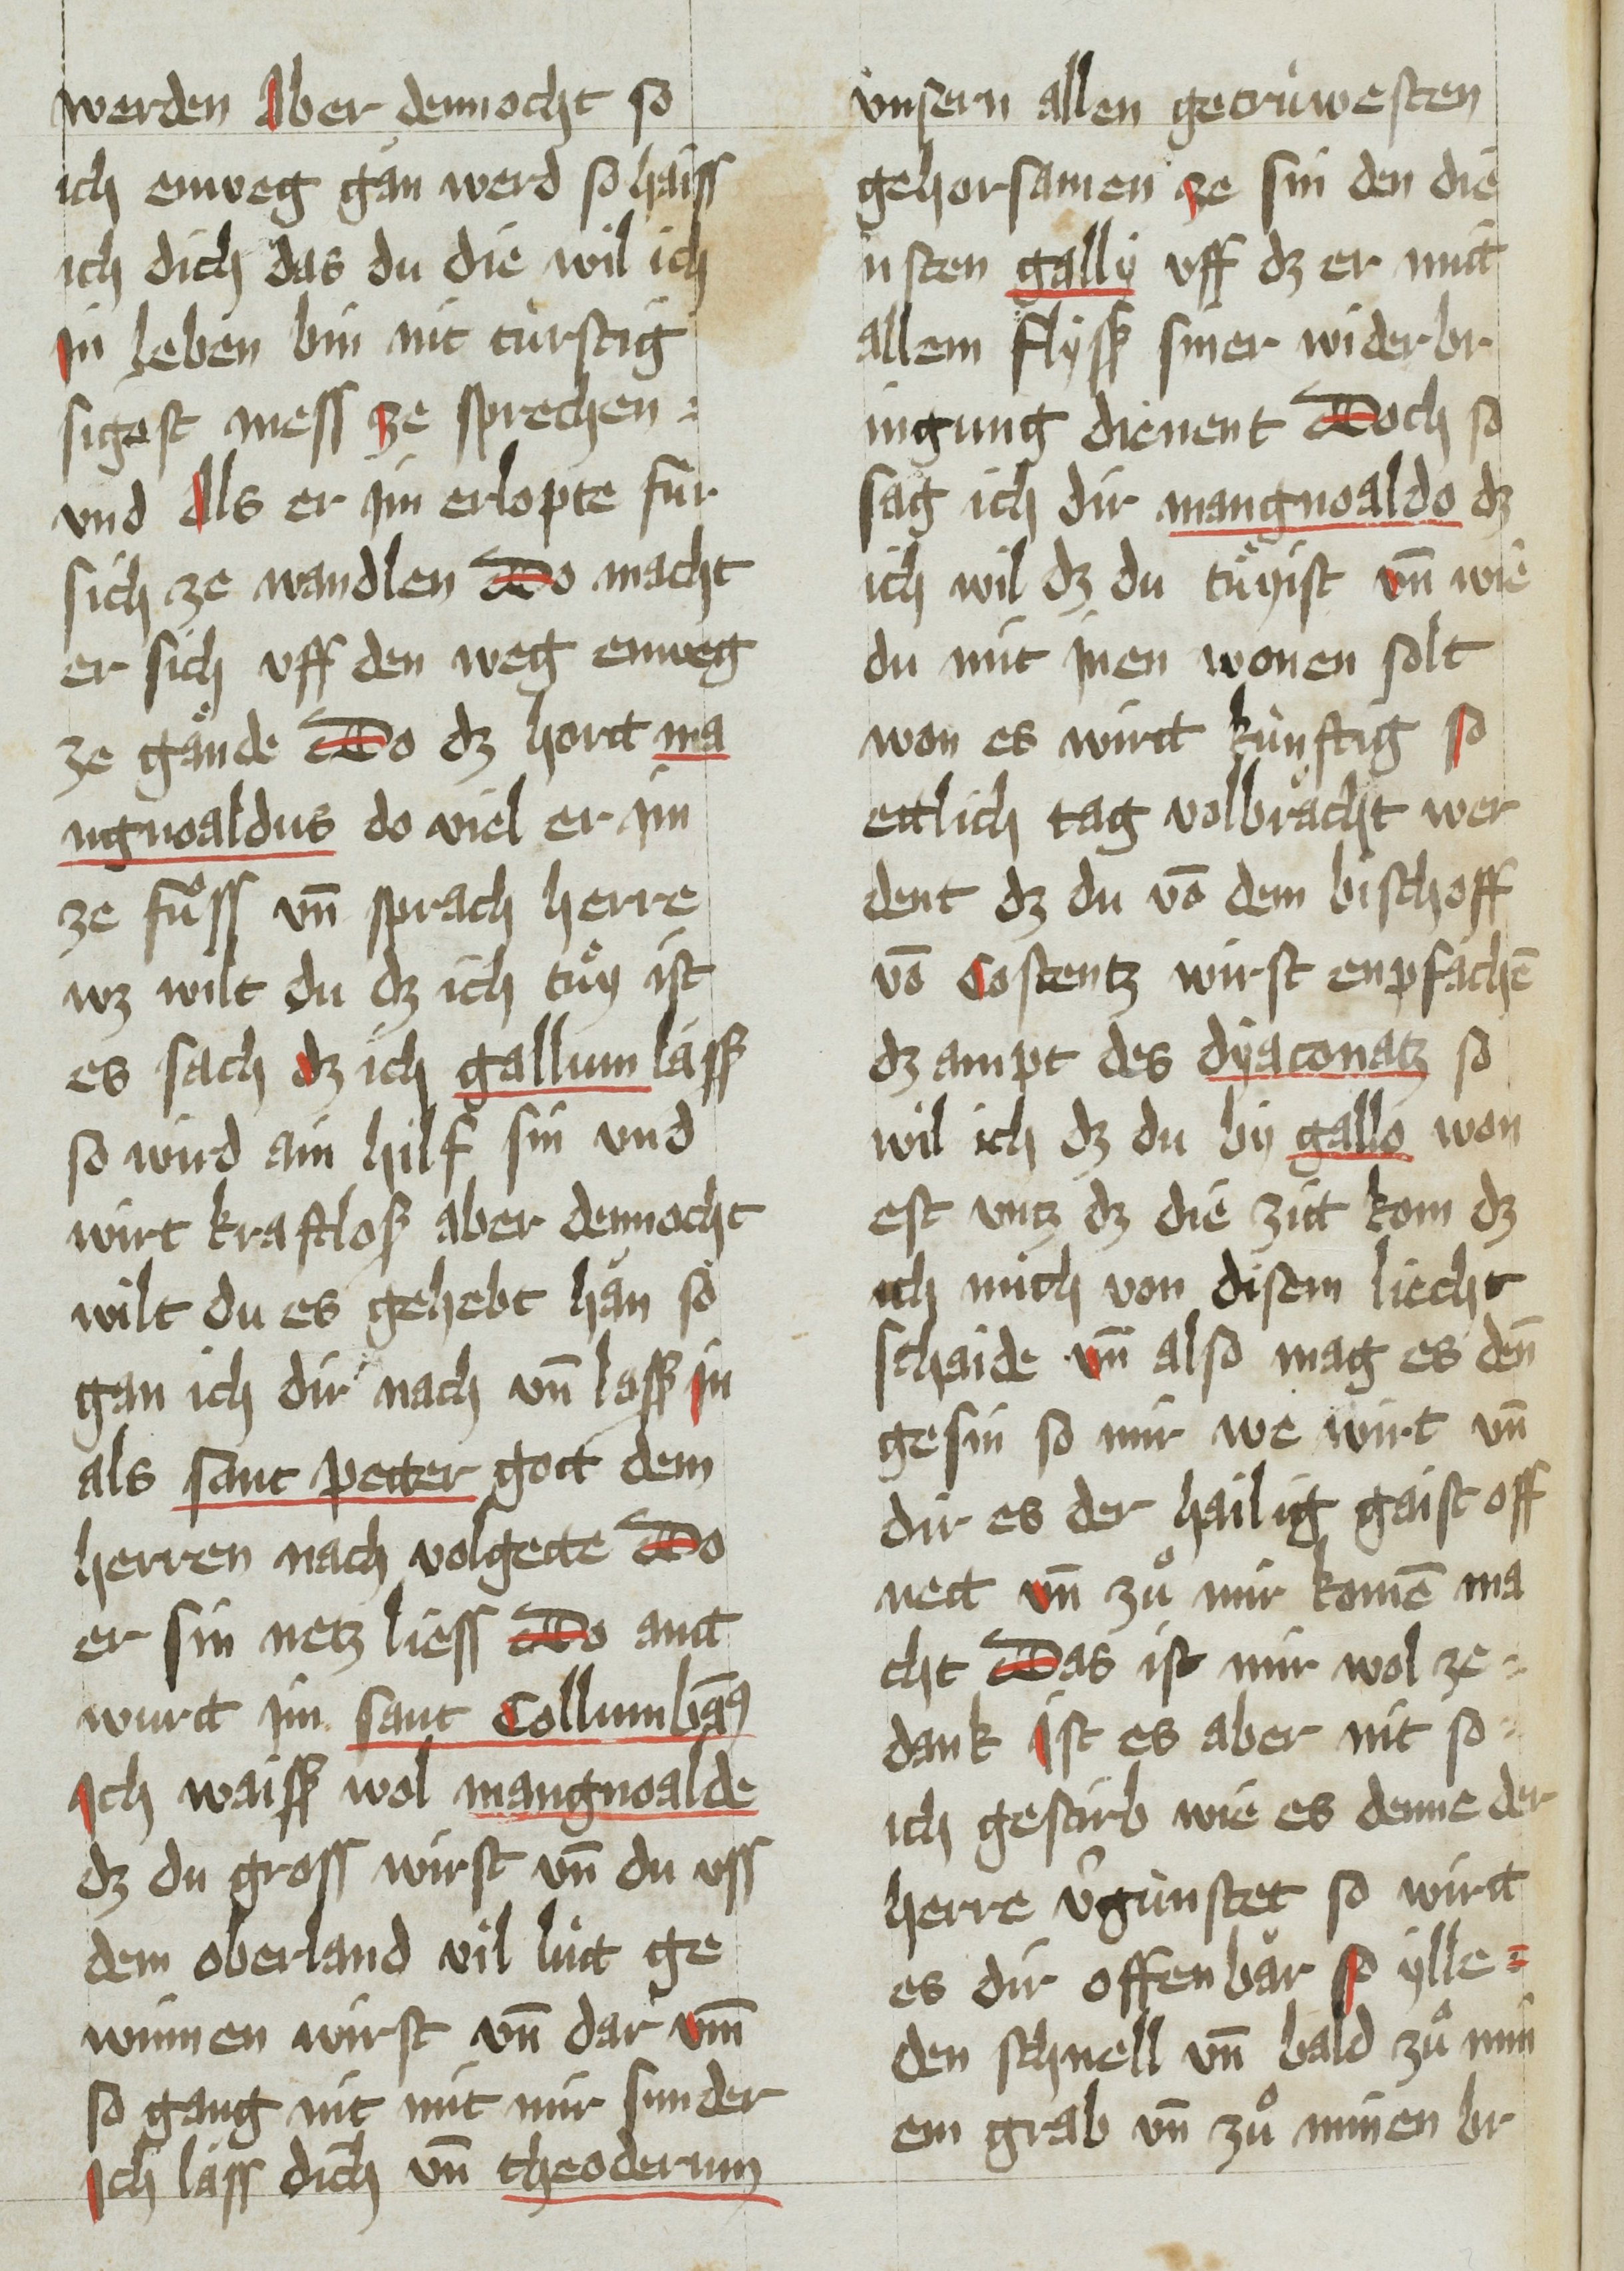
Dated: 1451–1460